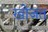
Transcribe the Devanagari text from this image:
खोजत